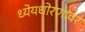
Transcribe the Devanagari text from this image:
ध्येयधोरणांवर